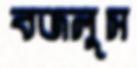
বজলুস